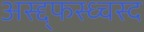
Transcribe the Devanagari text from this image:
अस्द्द्फस्ध्चस्द